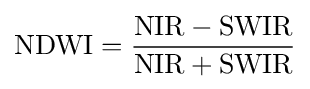
{\text{NDWI}}={{\text{NIR}}-{\text{SWIR}} \over {\text{NIR}}+{\text{SWIR}}}